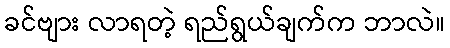
ခင်ဗျား လာရတဲ့ ရည်ရွယ်ချက်က ဘာလဲ။